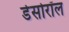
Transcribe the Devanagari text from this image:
डेसोरॉल